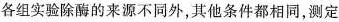
各组实验除酶的来源不同外，其他条件都相同，测定